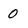
Character: 0